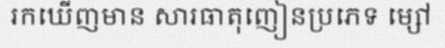
រកឃើញមាន សារធាតុញៀនប្រភេទ ម្សៅ